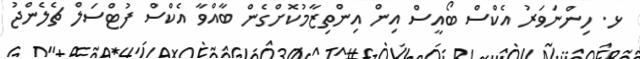
ޅ. ހިންނަވަރު އެކްސް ބޯއީސް އިން އިންތިޒާމުކޮށްގެން ބާއްވާ އެކްސް ފުޓްސަލް ޗެލެންޖު